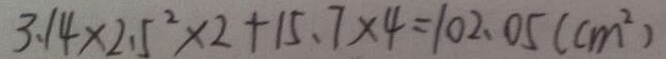
3 . 1 4 \times 2 . 5 ^ { 2 } \times 2 + 1 5 . 7 \times 4 = 1 0 2 . 0 5 ( c m ^ { 2 } )